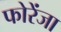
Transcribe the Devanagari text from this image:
फोरेंजा